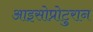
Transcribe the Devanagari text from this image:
आइसोप्रोटुरान